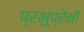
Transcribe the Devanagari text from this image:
प्रभुप्रेमी